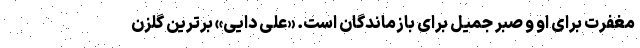
مغفرت برای او و صبر جمیل برای بازماندگان است. «علی دایی» برترین گلزن